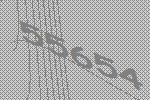
55654